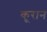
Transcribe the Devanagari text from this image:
कूरान